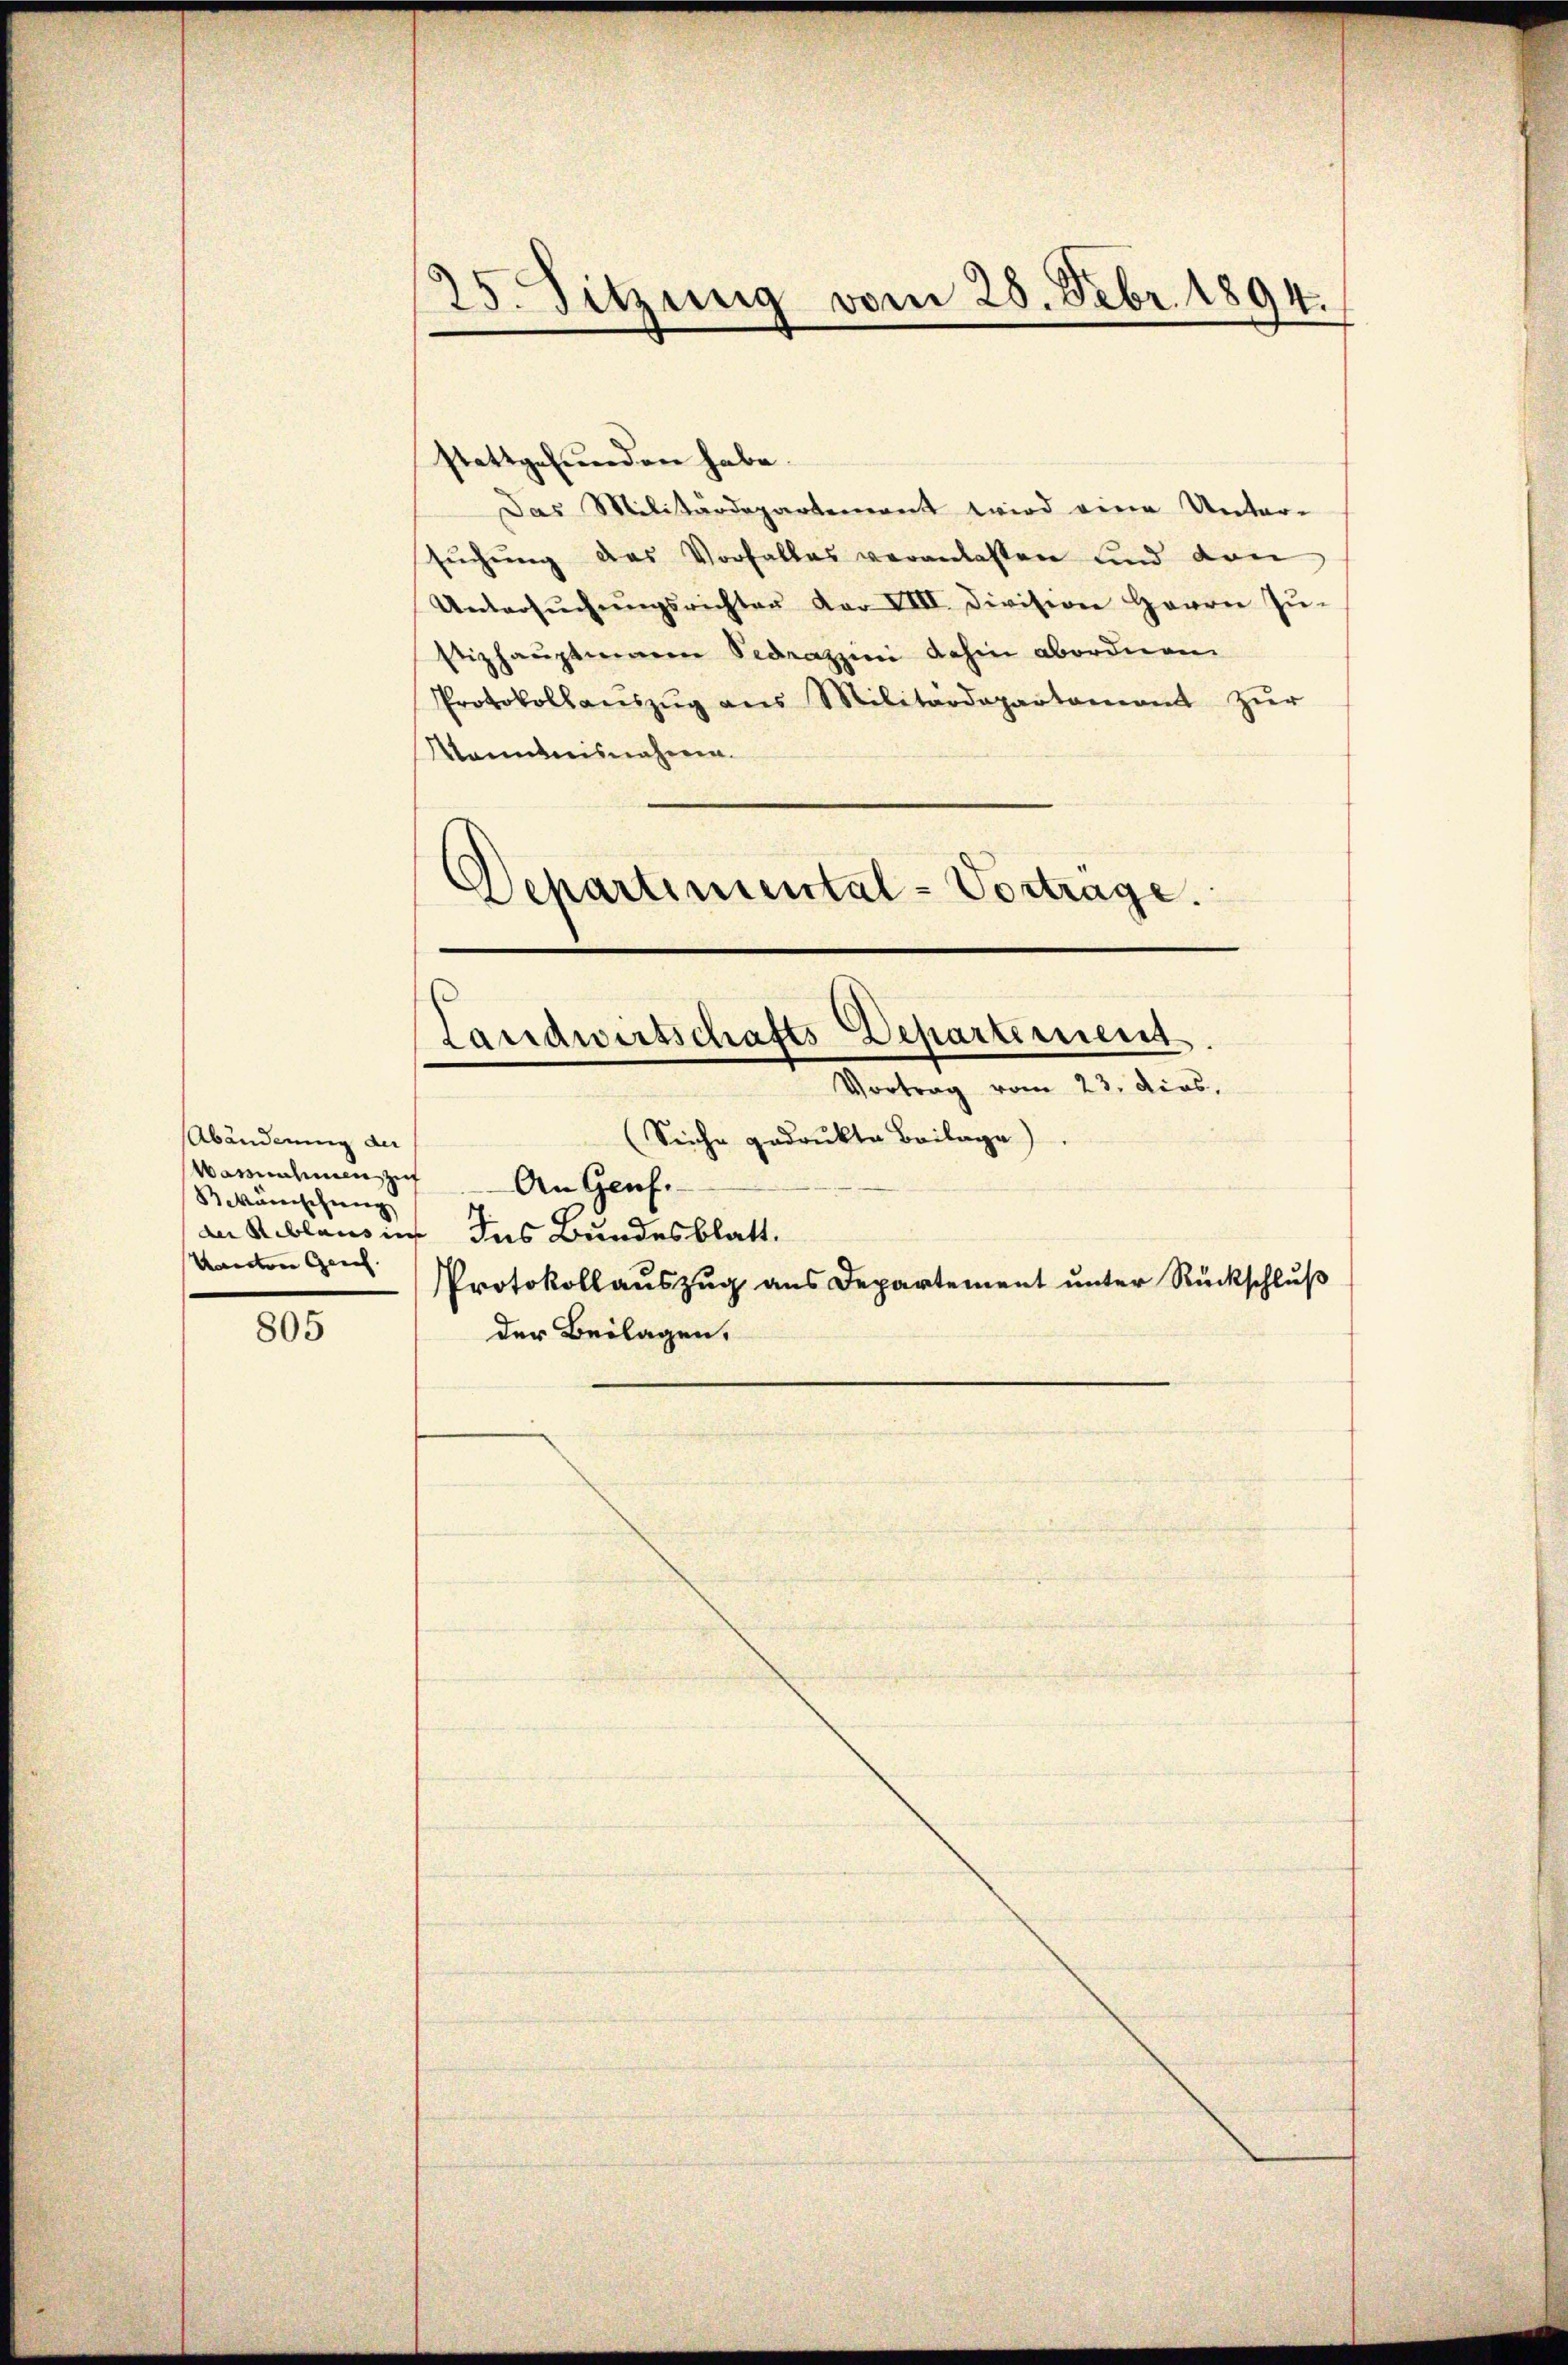
Abänderung der
Wannahmen zuf
Beänischung
Kneten Geneh

805

25. Sitzung vom 28. Febr. 1894.

stattgefunden habe.
Das Militärdepartement wird eine Unter-
sŭchŭng des Vorfalles veranlassen und dan
Untersŭchŭngsrichten der VIII. Division Harrer Zŭ-
Stizhaŭptmann Fedrazzini dahin abordnen
Protokollanszŭg ans Militärdepartamant zŭr
Manntnisnahmen.
Departemental-Vortrage.

Landwirtschafts-Departement.
Vortrag vom 23. dies,

(Siehe gedruckte Beilage).
An Genf.
an Reblaus in das Bundesblatt.
Protokollauszug aus Departement unter Rückschluß
der Beilagen,